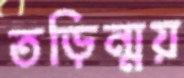
তড়িন্ময়